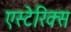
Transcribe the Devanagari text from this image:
एस्टेरिक्स